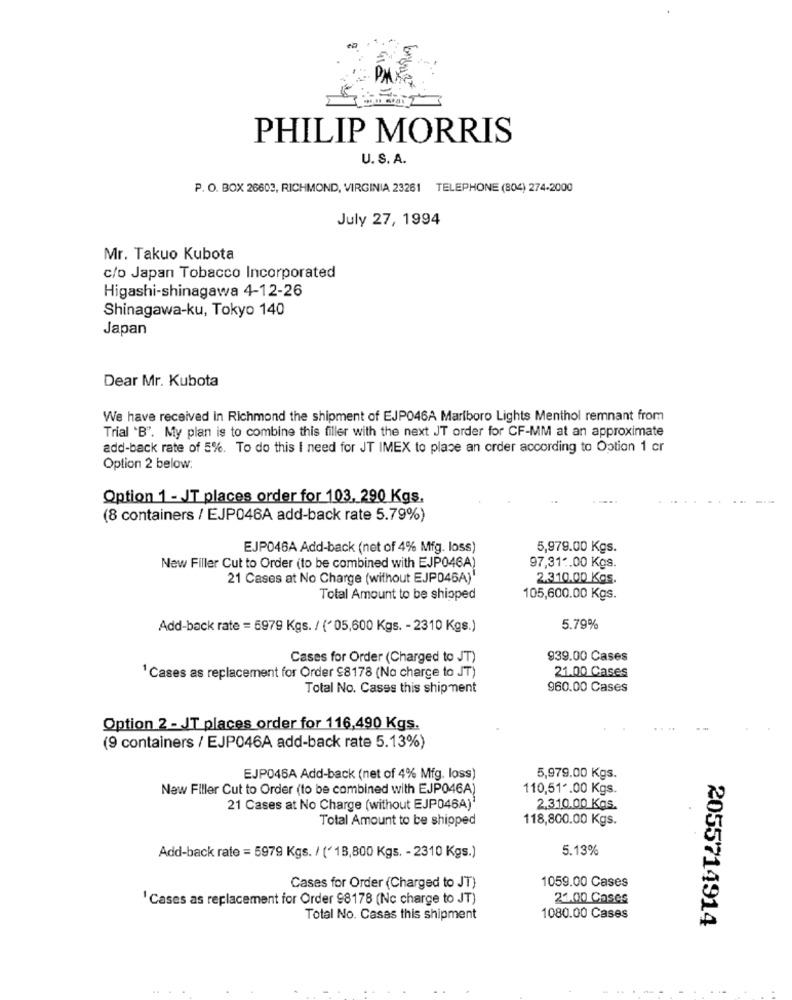
PHILIP MORRIS
U. S. A.
P. O. BOX 26603, RICHMOND, VIRGINIA 23261 TELEPHONE (804) 274-2000
July 27, 1994
Mr. Takuo Kubota
c/o Japan Tobacco Incorporated
Higashi-shinagawa 4-12-26
Shinagawa-ku, Tokyo 140
Japan
Dear Mr. Kubota
We have received in Richmond the shipment of EJP046A Marlboro Lights Menthol remnant from
Trial "B". My plan is to combine this filler with the next JT order for CF-MM at an approximate
add-back rate of 5%. To do this I need for JT IMEX to place an order according to Option 1 cr
Option 2 below:
Option 1 - JT places order for 103, 290 Kgs.
(8 containers / EJP046A add-back rate 5.79%)
EJP046A Add-back (net of 4% Mfg. loss)
5,979.00 Kgs.
New Filler Cut to Order (to be combined with EJP046A)
97,31€.00 Kgs.
21 Cases at No Charge (without EJP046A)
2.310.00 Kos.
Total Amount to be shipped
105,600.00 Kgs.
Add-back rate = 5979 Kgs. / (" 05,600 Kgs. - 2310 Kgs.)
5.79%
Cases for Order (Charged to JT)
939.00 Cases
21.00 Cases
1 Cases as replacement for Order 98178 (No charge to JT)
Total No. Cases this shipment
960.00 Cases
Option 2 - JT places order for 116,490 Kgs.
(9 containers / EJP046A add-back rate 5.13%)
EJP046A Add-back (net of 4% Mfg. loss)
5,979.00 Kgs.
New Filler Cut to Order (to be combined with EJP046A)
110,51 *. 00 Kgs.
21 Cases at No Charge (without EJP046A)
2.310.00 Kgs.
Total Amount to be shipped
118,800.00 Kgs.
5.13%
Add-back rate = 5979 Kgs. / ('18,800 Kgs. - 2310 Kgs.)
1059.00 Cases
Cases for Order (Charged to JT)
' Cases as replacement for Order 98178 (Nc charge to JT)
21.00 Cases
Total No. Casas this shipment
1080.00 Cases
2055714914